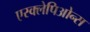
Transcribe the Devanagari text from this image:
एस्क्लेपिओन्स